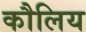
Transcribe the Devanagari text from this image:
कौलिय